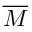
\overline { { M } }